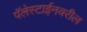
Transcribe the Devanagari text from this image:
पॅलेस्टाईनवरील